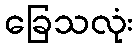
ခြေသလုံး